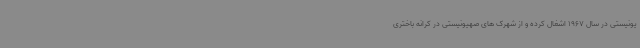
یونیستی در سال 1967 اشغال کرده و از شهرک های صهیونیستی در کرانه باختری